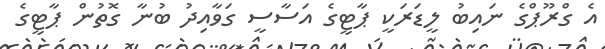
އެ ގްރޫޕްގެ ނައިބު ލީޑަރަކީ ޕާޓީގެ އަސާސީ ގަވާއިދު ބުނާ ގޮތުން ޕާޓީގެ